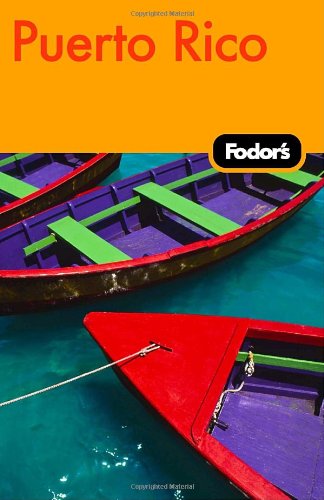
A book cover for Fodor's Puerto Rico, 5th Edition (Travel Guide); Fodor's; Travel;